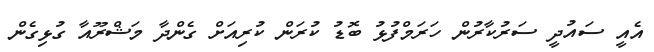
އެއީ ސައުދީ ސަރުކާރުން ހަރަމްފުޅު ބޮޑު ކުރަން ކުރިއަށް ގެންދާ މަޝްރޫއާ ގުޅިގެން